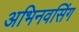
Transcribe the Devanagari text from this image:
अभिनवसिंग